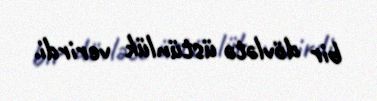
bir dövlətə üstünlük verirdi.